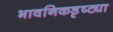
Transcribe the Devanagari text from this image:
भावनिकडृष्ट्या